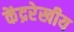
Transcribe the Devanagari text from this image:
केंद्ररेखीय